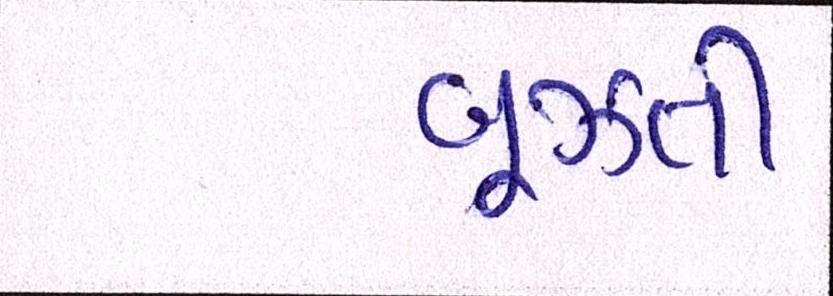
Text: બૂઝતી